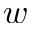
\boldsymbol { w }